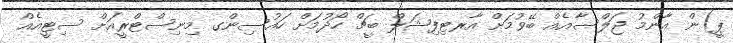
ޕީ)ން އާންމު ޖަލްސާއެއް ބޭވުމަށް އާރޓިފިޝަލް ބީޗް ހޯދުމަށް ހައުސިންގ މިނިސްޓްރީއަށް ސިޓީއެއް